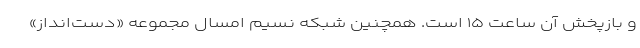
و بازپخش آن ساعت ۱۵ است. همچنین شبکه نسیم امسال مجموعه «دست‌انداز»